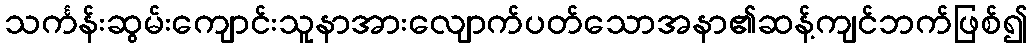
သင်္ကန်းဆွမ်းကျောင်းသူနာအားလျောက်ပတ်သောအနာ၏ဆန့်ကျင်ဘက်ဖြစ်၍